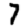
Digit: 7